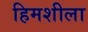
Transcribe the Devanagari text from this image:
हिमशीला